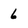
Character: 6